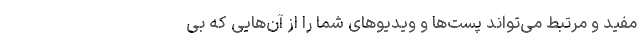
مفید و مرتبط می‌تواند پُست‌ها و ویدیو‌های شما را از آن‌هایی که بی